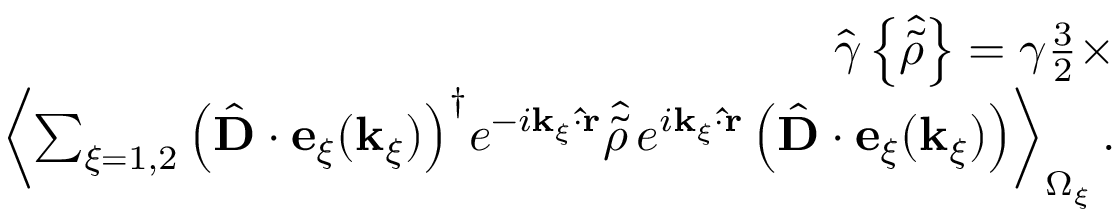
\begin{array} { r l r } & { } & { { \hat { \gamma } } \left\{ { \hat { \tilde { \rho } } } \right\} = \gamma \frac { 3 } { 2 } \times } \\ & { } & { \left< \sum _ { \xi = 1 , 2 } { \left( { \hat { \bf D } } \cdot { \bf e } _ { \xi } ( { \bf k } _ { \xi } ) \right) ^ { \dagger } } e ^ { - i { \bf k } _ { \xi } \cdot { \bf { \hat { r } } } } { \hat { \tilde { \rho } } } \, e ^ { i { \bf k } _ { \xi } \cdot { \bf { \hat { r } } } } \left( { \hat { \bf D } } \cdot { \bf e } _ { \xi } ( { \bf k } _ { \xi } ) \right) \right> _ { \Omega _ { \xi } } . } \end{array}